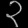
Digit: ၃